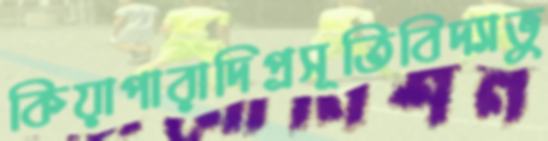
কিয়াপারাদিপ্রসূতিবিদ্যাভু